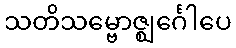
သတိသမ္ဗောဇ္ဈင်္ဂေါပေ